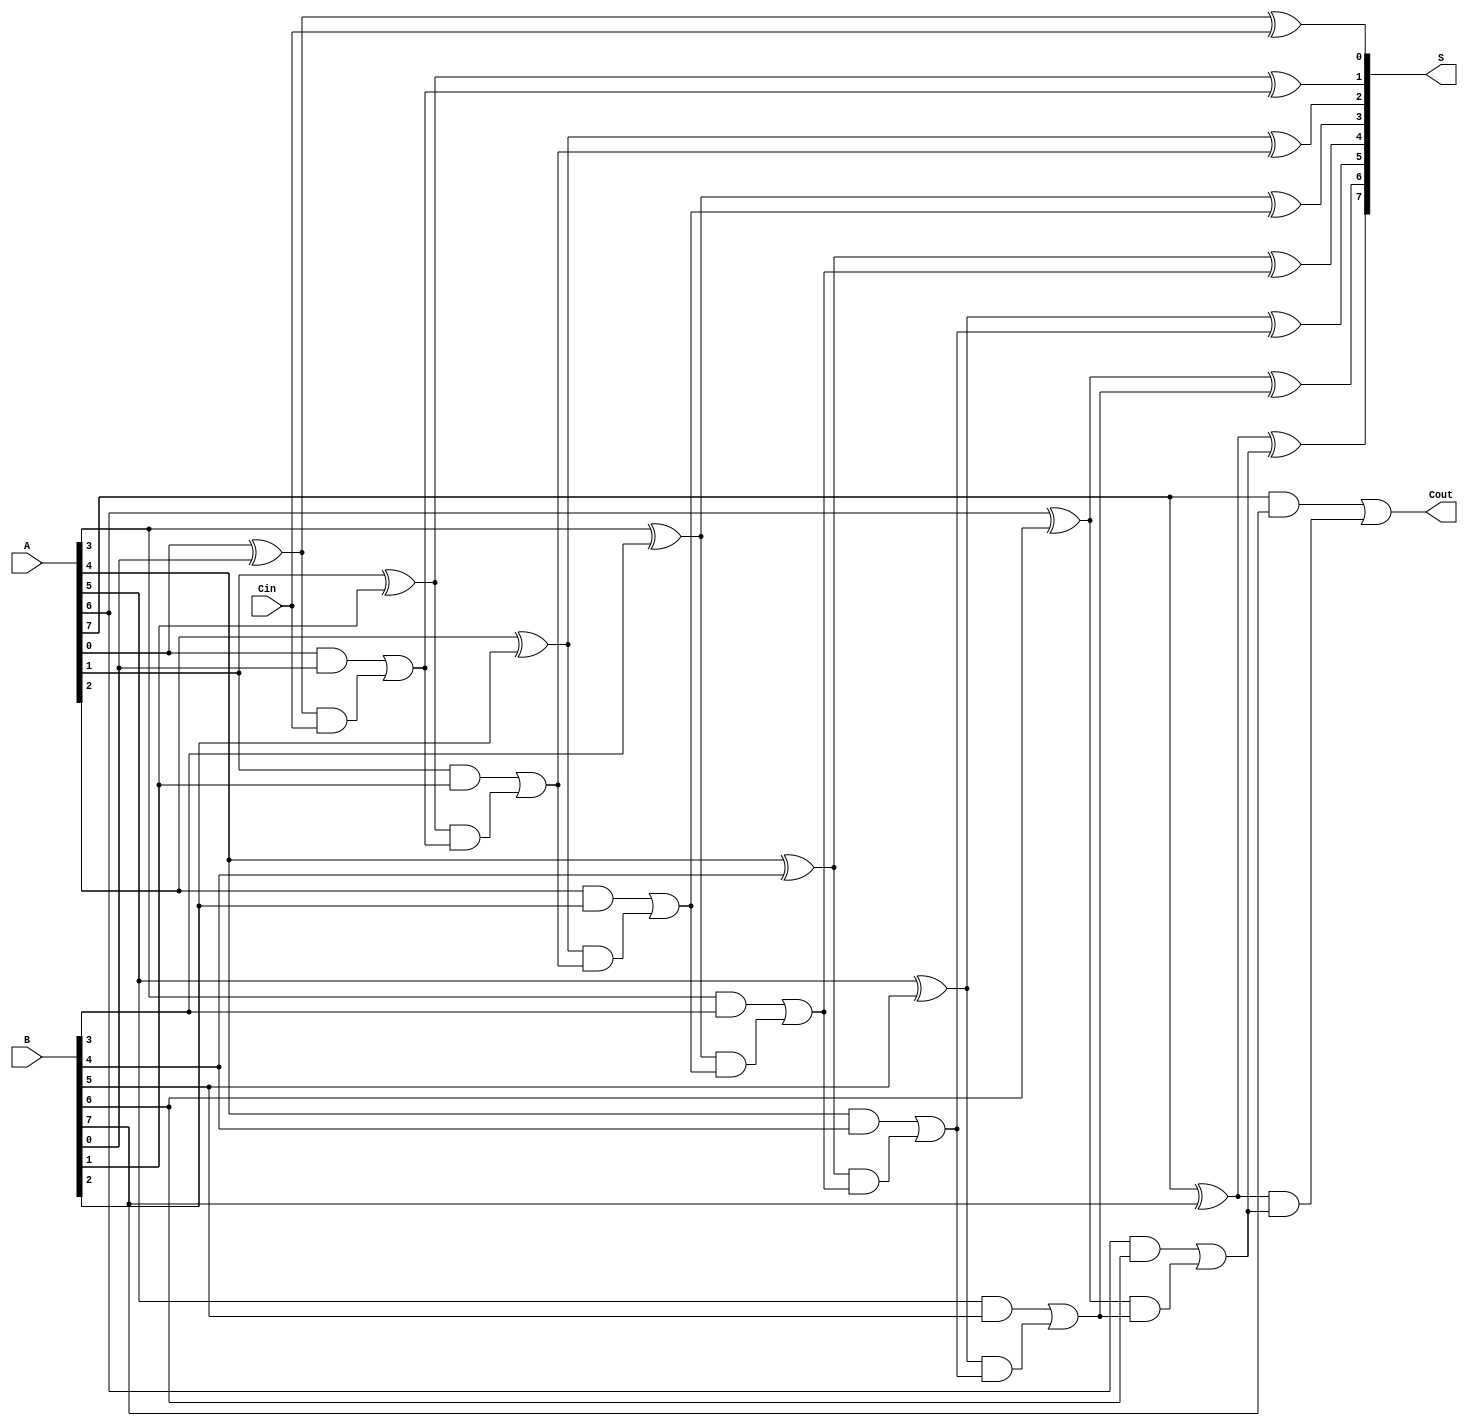
module HanCarlsonAdder #(
    parameter n = 8  // Width of the input numbers
)(
    input [n-1:0] A,      // First input number
    input [n-1:0] B,      // Second input number
    input Cin,            // Carry-in
    output [n-1:0] S,     // Sum output
    output Cout           // Carry-out
);

    wire [n:0] C;         // Carry signals
    wire [n-1:0] G;       // Generate signals
    wire [n-1:0] P;       // Propagate signals

    // Carry Generation
    assign C[0] = Cin; // C0 = Cin

    genvar i;
    generate
        for (i = 0; i < n; i = i + 1) begin : carry_generation
            assign G[i] = A[i] & B[i];                  // Generate
            assign P[i] = A[i] ^ B[i];                  // Propagate
            
            // Carry-out for each bit
            if (i > 0) begin
                assign C[i] = G[i-1] | (P[i-1] & C[i-1]);
            end
        end
    endgenerate

    // Carry-out for the last bit
    assign Cout = G[n-1] | (P[n-1] & C[n-1]);

    // Sum Computation
    generate
        for (i = 0; i < n; i = i + 1) begin : sum_computation
            assign S[i] = P[i] ^ C[i]; // Sum for each bit
        end
    endgenerate

endmodule